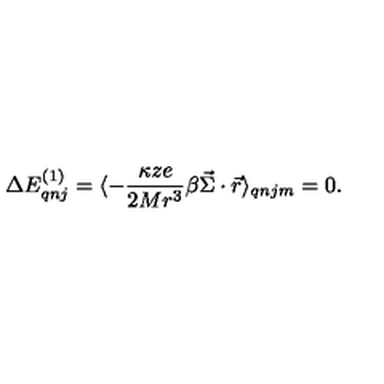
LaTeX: \Delta E _ { q n j } ^ { ( 1 ) } = \langle - \frac { \kappa z e } { 2 M r ^ { 3 } } \beta \vec { \Sigma } \cdot \vec { r } \rangle _ { q n j m } = 0 .